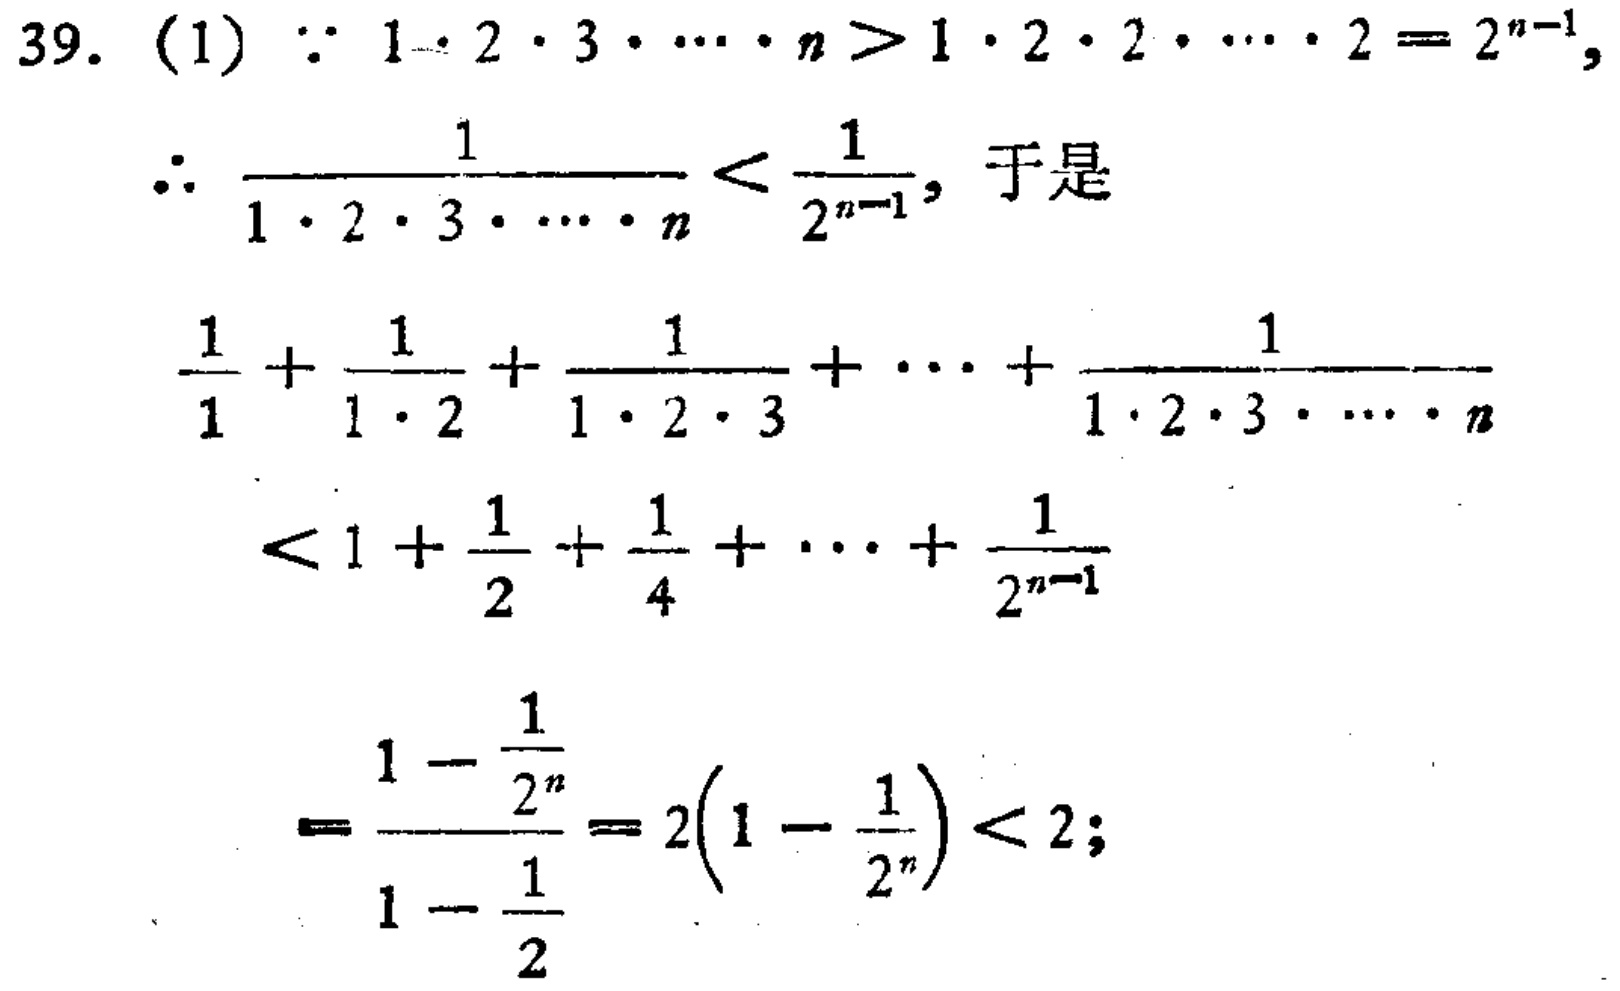
39. (1) $\because 1\cdot 2\cdot 3\cdot \cdots \cdot n>1\cdot 2\cdot 2\cdot \cdots \cdot 2 = 2^{n - 1}$,

$\therefore \frac{1}{1\cdot 2\cdot 3\cdot \cdots \cdot n}<\frac{1}{2^{n - 1}}$, 于是

$\frac{1}{1}+\frac{1}{1\cdot 2}+\frac{1}{1\cdot 2\cdot 3}+\cdots+\frac{1}{1\cdot 2\cdot 3\cdot \cdots \cdot n}$

$<1+\frac{1}{2}+\frac{1}{4}+\cdots+\frac{1}{2^{n - 1}}$

$=\frac{1 - \frac{1}{2^{n}}}{1 - \frac{1}{2}}=2\left(1 - \frac{1}{2^{n}}\right)<2$;